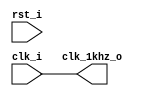
`timescale 1ns / 1ps
//////////////////////////////////////////////////////////////////////////////////
// Company: 
// Engineer: 
// 
// Design Name: 
// Module Name: clk_1hz
// Project Name: 
// Target Devices: 
// Tool Versions: 
// Description: 
// 
// Dependencies: 
// 
// Revision:
// Revision 0.01 - File Created
// Additional Comments:
// 
//////////////////////////////////////////////////////////////////////////////////


module clk_1hz(
    input   wire clk_i,
    input   wire rst_i,
    output  wire clk_1khz_o
    );
    
    assign clk_1khz_o = clk_i; 
    
endmodule